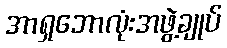
အာရှဘောလုံးအဖွဲ့ချုပ်